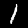
Label: 1